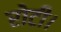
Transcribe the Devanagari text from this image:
रोटी।